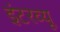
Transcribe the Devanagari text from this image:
इंटरव्‍यू